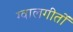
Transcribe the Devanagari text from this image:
ग्वालगीतों